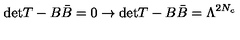
\mathrm { d e t } T - B \bar { B } = 0 \rightarrow \mathrm { d e t } T - B \bar { B } = \Lambda ^ { 2 N _ { c } }